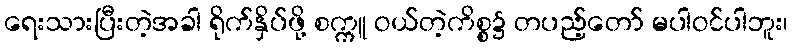
ရေးသားပြီးတဲ့အခါ ရိုက်နှိပ်ဖို့ စက္ကူ ဝယ်တဲ့ကိစ္စ၌ တပည့်တော် မပါဝင်ပါဘူး၊